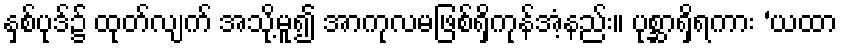
နှစ်ပုဒ်၌ ထုတ်လျက် အသို့မူ၍ အာကုလမဖြစ်ရှိကုန်အံ့နည်း။ ပုစ္ဆာရှိရကား ‘ယထာ